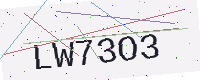
Text: LW73O3